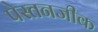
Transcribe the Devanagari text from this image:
पेस्तनजीक